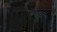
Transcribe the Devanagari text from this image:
टाण्‍डा